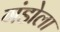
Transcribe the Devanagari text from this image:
गंडोला